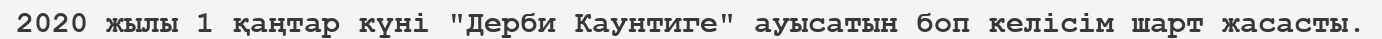
2020 жылы 1 қаңтар күні "Дерби Каунтиге" ауысатын боп келісім шарт жасасты.